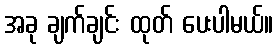
အခု ချက်ချင်း ထုတ် ပေးပါမယ်။